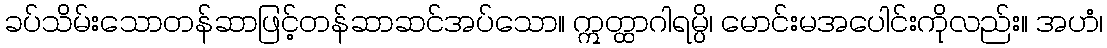
ခပ်သိမ်းသောတန်ဆာဖြင့်တန်ဆာဆင်အပ်သော။ ဣတ္ထာဂါရမ္ပိ၊ မောင်းမအပေါင်းကိုလည်း။ အဟံ၊